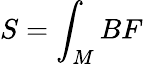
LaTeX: S=\int_{M}BF